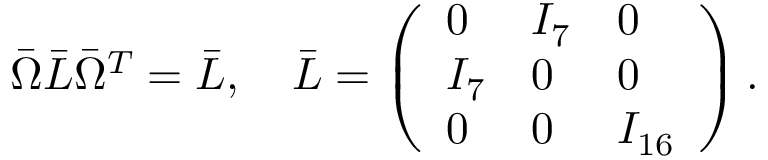
\bar { \Omega } \bar { L } \bar { \Omega } ^ { T } = \bar { L } , \ \ \ \bar { L } = \left( \begin{array} { l l l } { { 0 } } & { { I _ { 7 } } } & { { 0 } } \\ { { I _ { 7 } } } & { { 0 } } & { { 0 } } \\ { { 0 } } & { { 0 } } & { { I _ { 1 6 } } } \end{array} \right) .